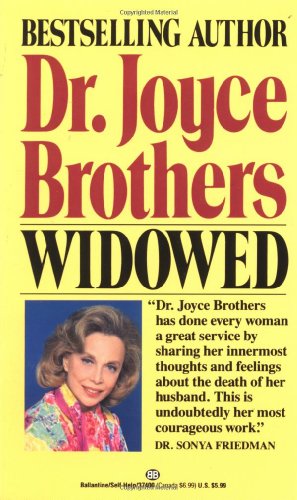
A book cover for Widowed; Joyce Brothers; Parenting & Relationships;